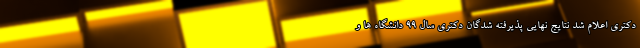
دکتری اعلام شد نتایج نهایی پذیرفته شدگان دکتری سال ۹۹ دانشگاه ها و